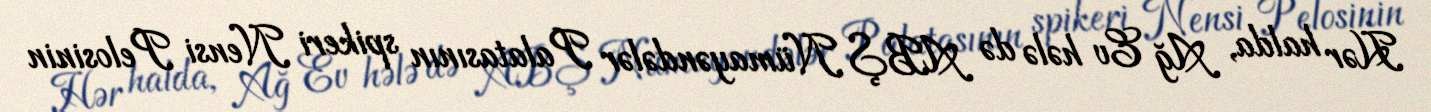
Hər halda, Ağ Ev hələ də ABŞ Nümayəndələr Palatasının spikeri Nensi Pelosinin